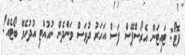
ފޮޓޯ: ޓައިޓަން އެރޯސްޕޭސް ފަސް އަހަރު ދުވަސް ވަންދެން ނުހުއްޓި އުދުހެވޭ ބޯޓެއް!